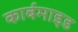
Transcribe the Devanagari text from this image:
कार्बमाइड